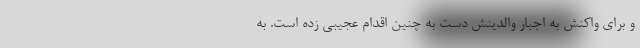
و برای واکنش به اجبار والدینش دست به چنین اقدام عجیبی زده است. به